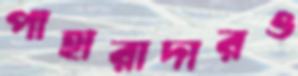
পাহারাদারও